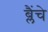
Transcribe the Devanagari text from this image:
ब्लैंचे